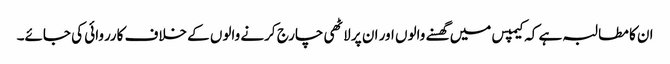
ان کا مطالبہ ہے کہ کیمپس میں گھسنے والوں اور ان پر لاٹھی چارج کرنے والوں کے خلاف کارروائی کی جائے۔